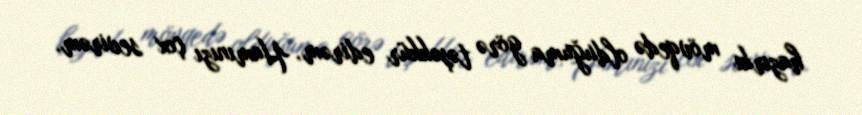
hazırkı mövqedə olduğuma görə təşəkkür edirəm, Hamınızı çox sevirəm.